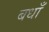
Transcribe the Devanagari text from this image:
बधाँ